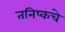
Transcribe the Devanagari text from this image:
तनिष्कचे